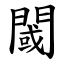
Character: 閾